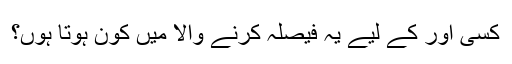
کسی اور کے لیے یہ فیصلہ کرنے والا میں کون ہوتا ہوں؟